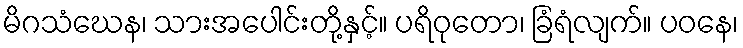
မိဂသံဃေန၊ သားအပေါင်းတို့နှင့်။ ပရိဝုတော၊ ခြံရံလျက်။ ပဝနေ၊